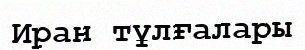
Иран тұлғалары